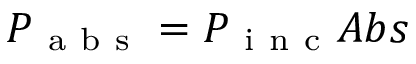
P _ { \mathrm { ~ a ~ b ~ s ~ } } = P _ { \mathrm { ~ i ~ n ~ c ~ } } A b s